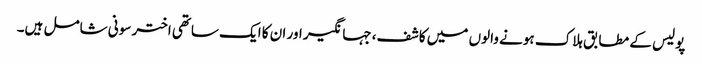
پولیس کے مطابق ہلاک ہونے والوں میں کاشف، جہانگیر اور ان کا ایک ساتھی اختر سونی شامل ہیں۔